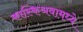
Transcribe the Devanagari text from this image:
कास्किश्रवामध्ये